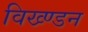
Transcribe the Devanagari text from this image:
विख्ण्डन